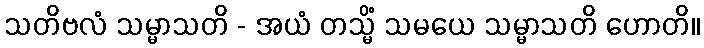
သတိဗလံ သမ္မာသတိ - အယံ တသ္မိံ သမယေ သမ္မာသတိ ဟောတိ။